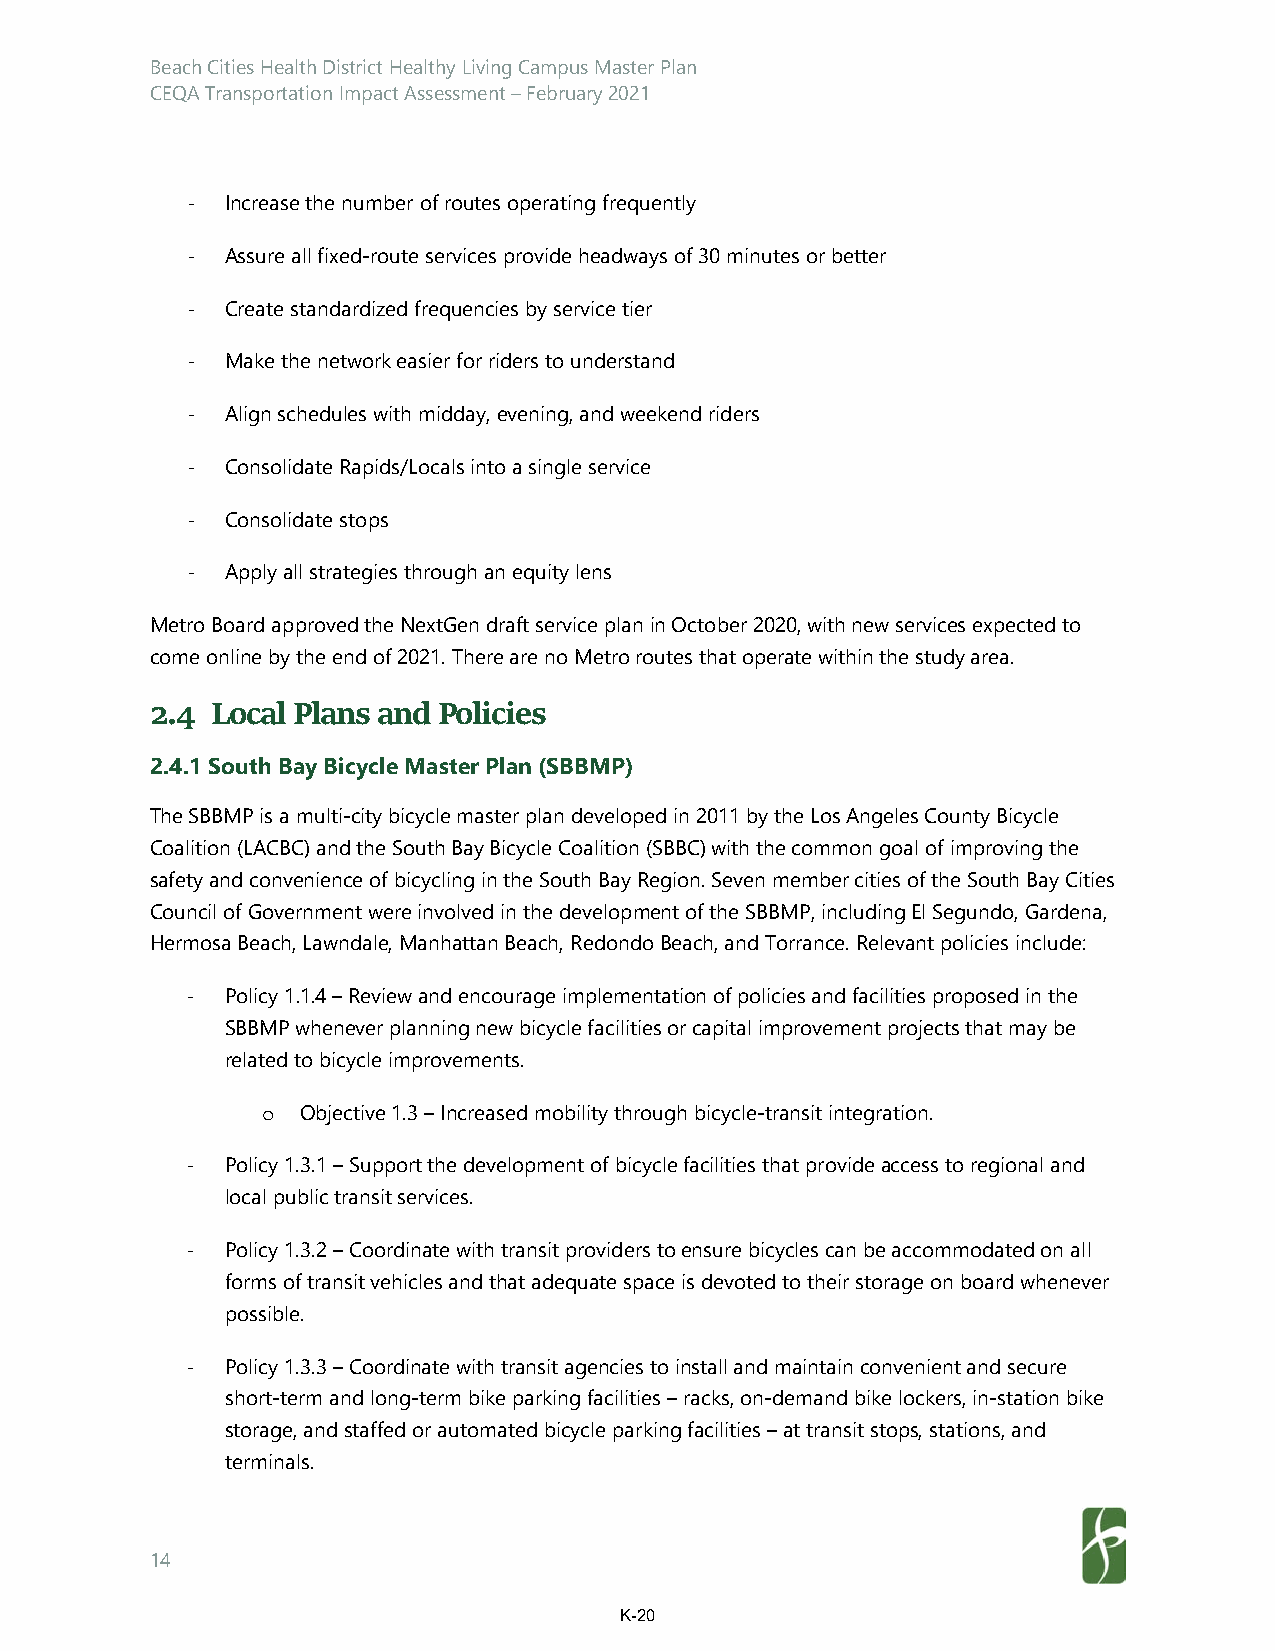
Beach Cities Health District Healthy Living Campus Master Plan
 CEQA Transportation Impact Assessment – February 2021
 ‐  Increase the number of routes operating frequently
 ‐  Assure all fixed-route services provide headways of 30 minutes or better
 ‐  Create standardized frequencies by service tier
 ‐  Make the network easier for riders to understand
 ‐  Align schedules with midday, evening, and weekend riders
 ‐  Consolidate Rapids/Locals into a single service
 ‐  Consolidate stops
 ‐  Apply all strategies through an equity lens
 Metro Board approved the NextGen draft service plan in October 2020, with new services expected to
 come online by the end of 2021. There are no Metro routes that operate within the study area.
 2.4 Local Plans and Policies
 2.4.1 South Bay Bicycle Master Plan (SBBMP)
 The SBBMP is a multi-city bicycle master plan developed in 2011 by the Los Angeles County Bicycle
 Coalition (LACBC) and the South Bay Bicycle Coalition (SBBC) with the common goal of improving the
 safety and convenience of bicycling in the South Bay Region. Seven member cities of the South Bay Cities
 Council of Government were involved in the development of the SBBMP, including El Segundo, Gardena,
 Hermosa Beach, Lawndale, Manhattan Beach, Redondo Beach, and Torrance. Relevant policies include:
 ‐  Policy 1.1.4 – Review and encourage implementation of policies and facilities proposed in the
 SBBMP whenever planning new bicycle facilities or capital improvement projects that may be
 related to bicycle improvements.
 o  Objective 1.3 – Increased mobility through bicycle-transit integration.
 ‐  Policy 1.3.1 – Support the development of bicycle facilities that provide access to regional and
 local public transit services.
 ‐  Policy 1.3.2 – Coordinate with transit providers to ensure bicycles can be accommodated on all
 forms of transit vehicles and that adequate space is devoted to their storage on board whenever
 possible.
 ‐  Policy 1.3.3 – Coordinate with transit agencies to install and maintain convenient and secure
 short-term and long-term bike parking facilities – racks, on-demand bike lockers, in-station bike
 storage, and staffed or automated bicycle parking facilities – at transit stops, stations, and
 terminals.
 14
 K-20